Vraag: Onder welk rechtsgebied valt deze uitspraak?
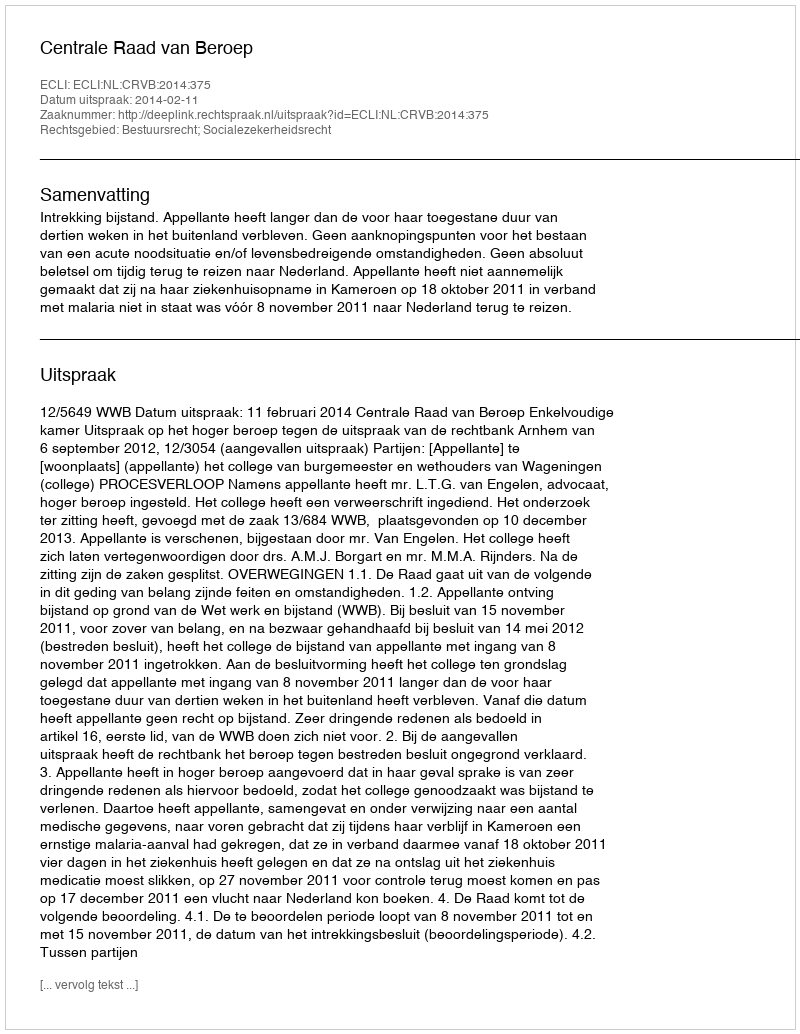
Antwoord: Bestuursrecht; Socialezekerheidsrecht